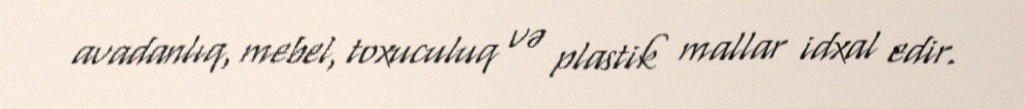
avadanlıq, mebel, toxuculuq və plastik mallar idxal edir.